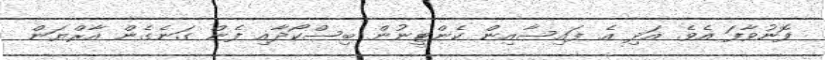
ފޮނުވާފަ އެވެ. އަދި އެ ފައިސާއިން ކެންޓީނުން ބިސްކޯދާއި ފެން ގަނެގެން އާރްޔަން